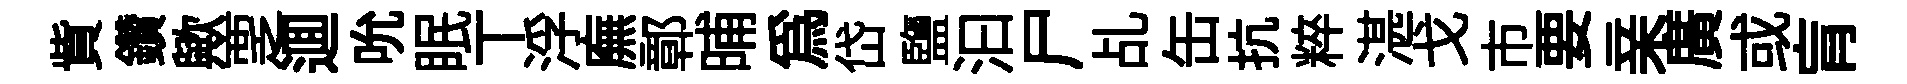
貲鑽歟覂逥吮眠丅浮廡鄣晡爲岱鹽汩尸乩缶抗粹湛戈市要亲廣或肓